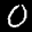
Label: 0